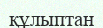
құлыптан